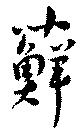
蘚